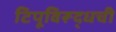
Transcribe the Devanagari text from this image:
टिपूविरूद्धची